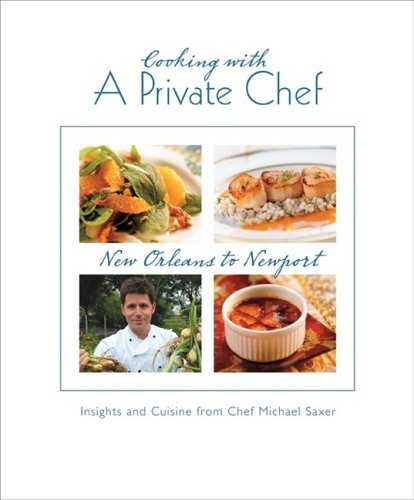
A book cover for Cooking With a Private Chef; Chef Michael Saxer; Cookbooks, Food & Wine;